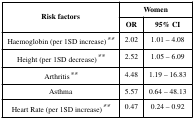
<table><thead><tr><td rowspan="2"><b>Risk factors</b></td><td colspan="2"><b>Women</b></td></tr><tr><td><b>OR</b></td><td><b>95% CI</b></td></tr></thead><tbody><tr><td>Haemoglobin (per 1SD increase)**</td><td>2.02</td><td>1.01 – 4.08</td></tr><tr><td>Height (per 1SD decrease)**</td><td>2.52</td><td>1.05 – 6.09</td></tr><tr><td>Arthritis**</td><td>4.48</td><td>1.19 – 16.83</td></tr><tr><td>Asthma</td><td>5.57</td><td>0.64 – 48.13</td></tr><tr><td>Heart Rate (per 1SD increase)**</td><td>0.47</td><td>0.24 – 0.92</td></tr></tbody></table>